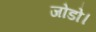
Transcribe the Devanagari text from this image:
जोडो।